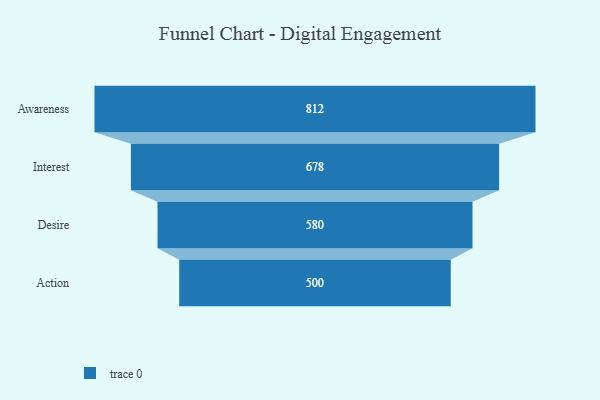
{"axis": {"x": "Stage", "y": "Value"}, "legend": [""], "data": [{"x": "Awareness", "y": 812.0, "type": ""}, {"x": "Interest", "y": 678.0, "type": ""}, {"x": "Desire", "y": 580.0, "type": ""}, {"x": "Action", "y": 500, "type": ""}]}